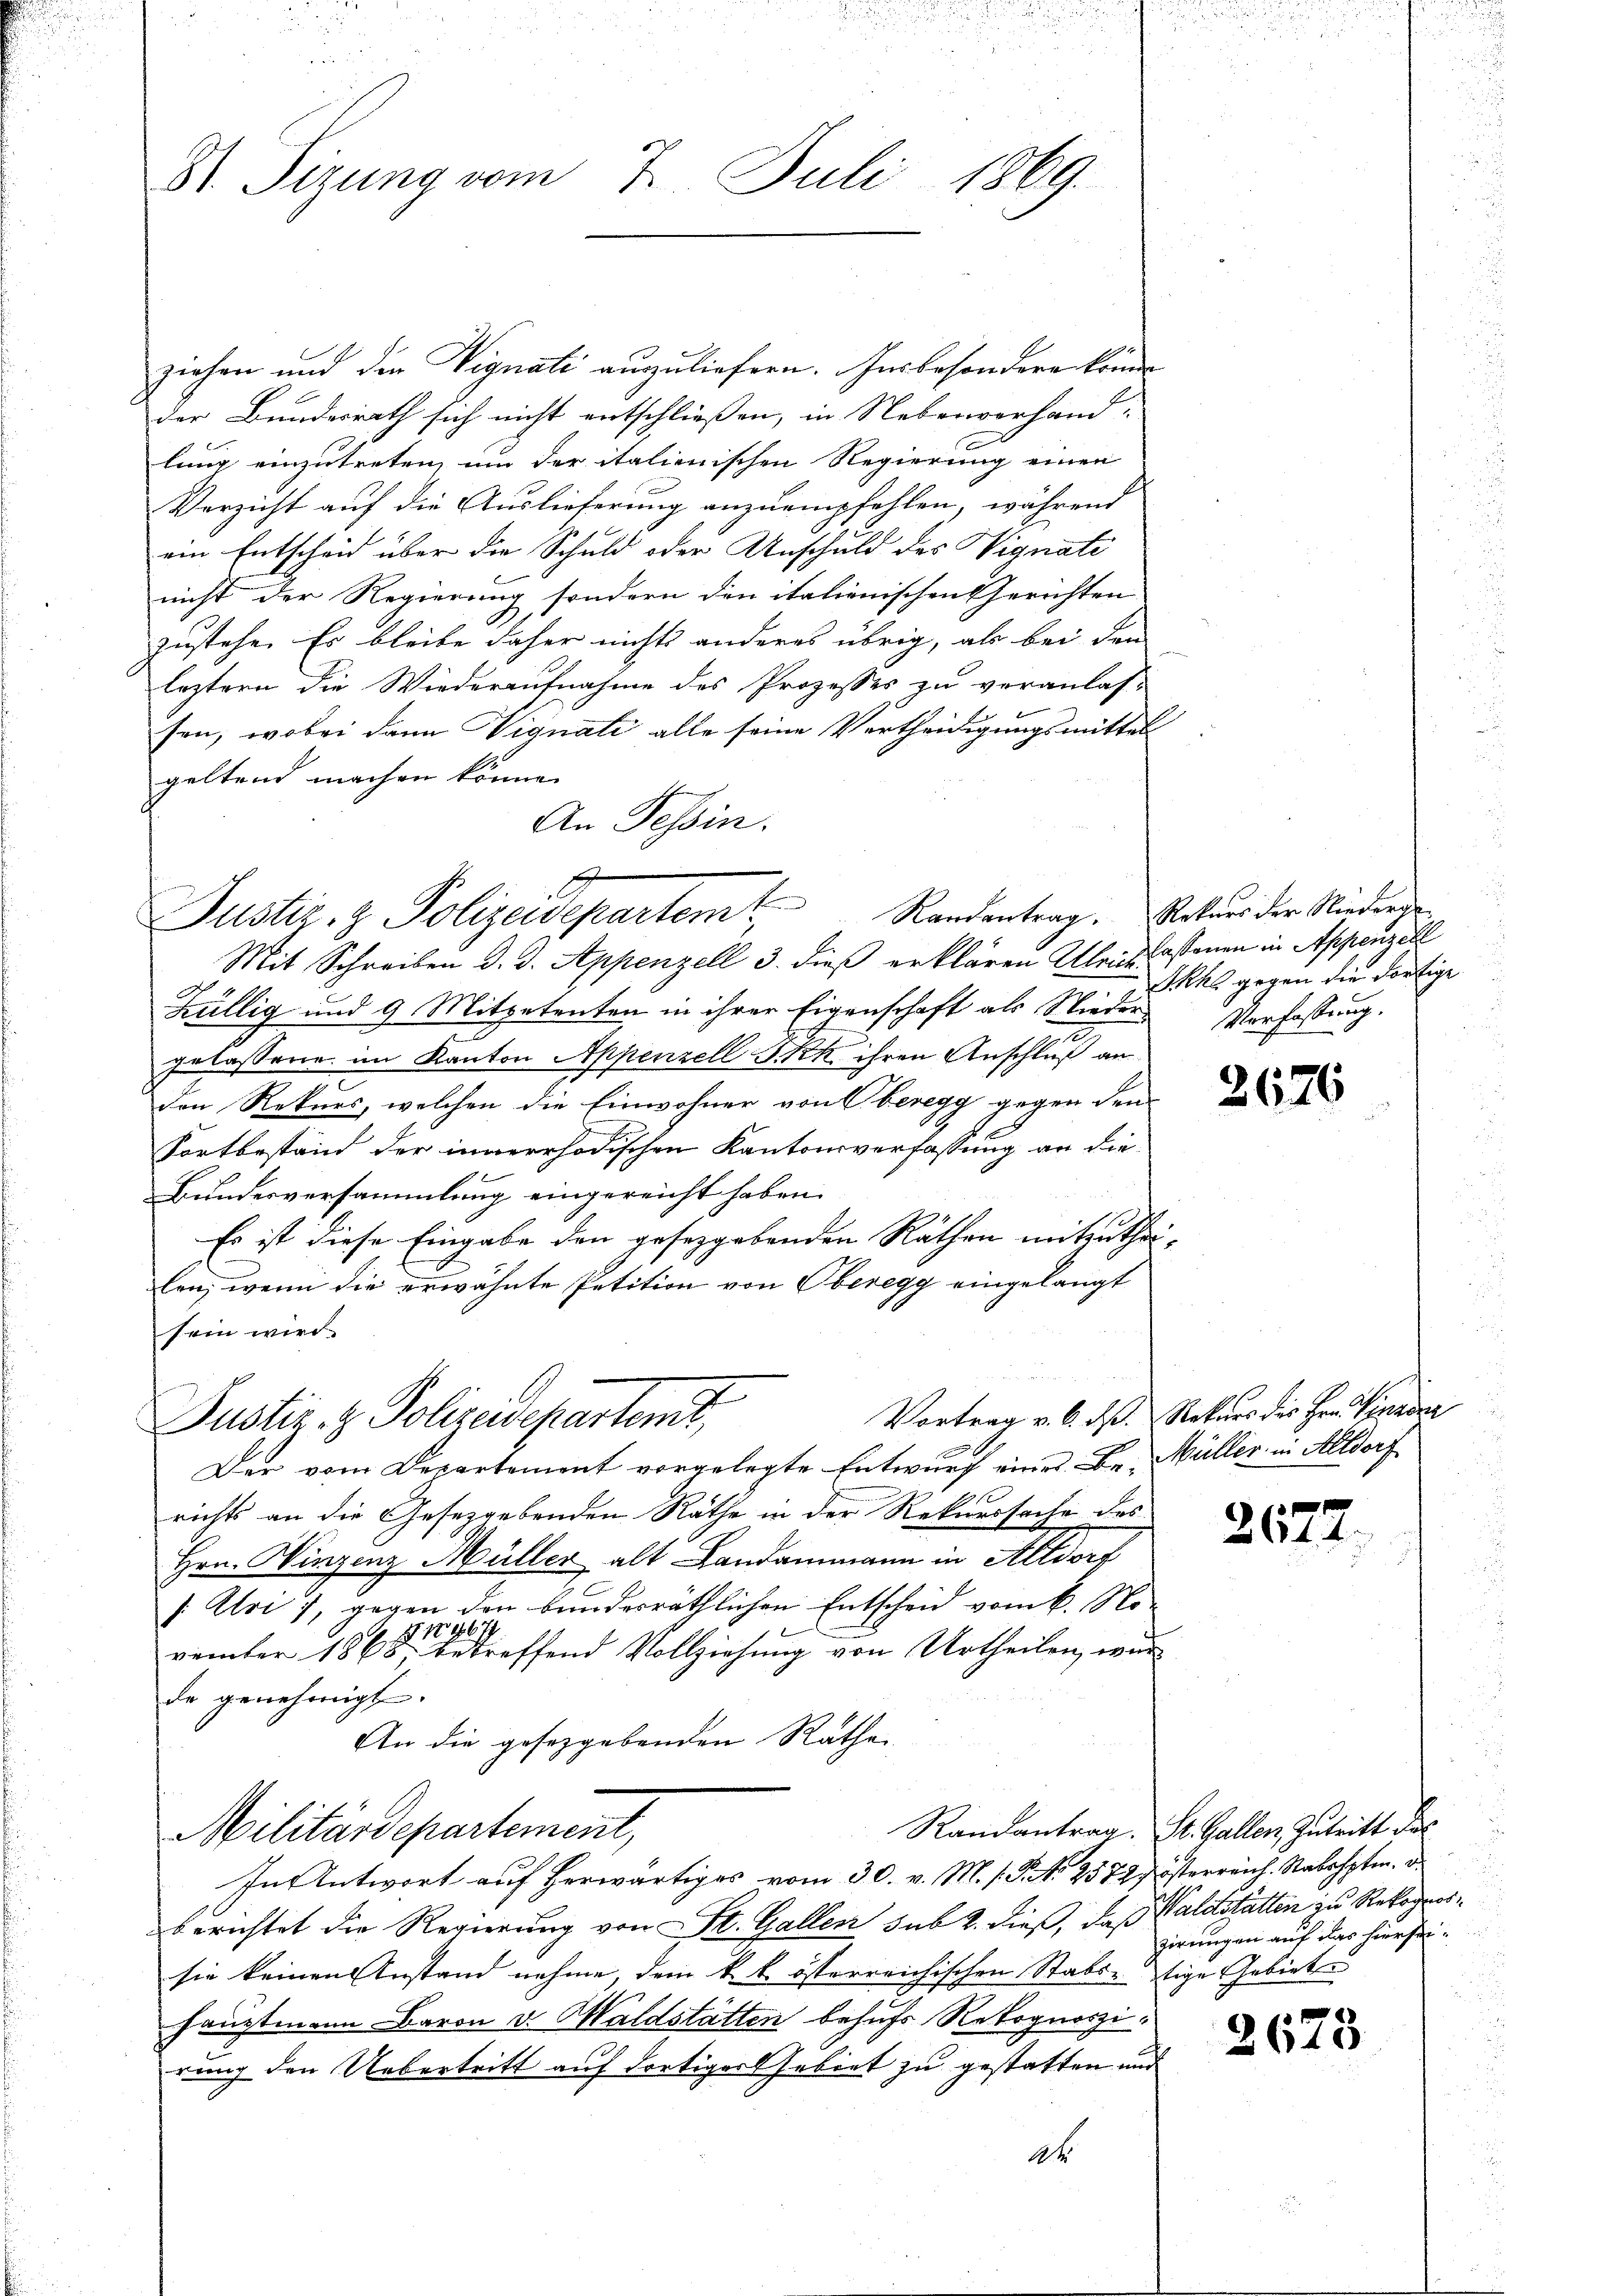
S Sizung vom 7. Juli 1869.

ziehen und der Vignati auszuliefern. Insbesondere könne
der Bundesrath sich nicht entschließen, in Nebenvorhand-
lung einzutreten, um der italienischen Regierung einen
Verzicht auf die Auslieferung anzuempfehlen, während
ein Entscheid über die Schuld oder Anschuld des Vignati
nicht der Regierung sondern den italienischen Gerichten
zustehe. Es bleibe daher nichts anderes übrig, als bei den
leztern die Wiederaufnahme des Prozesses zu veranlas-
sen, wobei dann Vignati alle seine Vertheidigungsmittel
geltend machen könne.
An Tessin.
Mit Schreiben d. d. Appenzell 3. dieß erklären Klein Costonen in Appenzell
Küllig und 9 Mitpetenten in ihrer Eigenschaft als Nieder Verfassung.
e
gelassene im Kanton Appenzell S. K. K. ihren Anschluß an
den Rekurs, welchen die Einwohner von Oberegg gegen den
Fortbestand der innerrhodischen Kantonsverfassung an die¬
Bundesversammlung eingereicht haben.
Es ist diese Eingabe den gesetzgebenden Räthen mitzutheilon, wenn die erwähnte Petition von Oberegg eingelangt
sein wird
Justiz- & Polizeidepartent,
Der vom Departement vorgelegte Entwurf eines Be- Müller in Altdorf
richts an die Gesetzgebenden Räthe in der Rekurssache des
Hrn. Winzenz Müller alt Landammann in Altdorf
[:Alri), gegen den bundesräthlichen Entscheid vom 6. No¬
1296
vember 1868, betreffend Vollziehung von Urtheilen, wurde genehmigt.
An die gesetzgebenden Rathe
Randantrag. St. Gallen Zutritt des
Militärdepartement,
In Antwort auf herwärtiges vom 30. v. M. s. S. Nr. 2572 österreich. Nabshptm. d.
berichtet die Regierung von St. Gallen sub 2. dieß, daß Waldstatten zu Rekognossie keinen Anstand nehme, dem k. k. österreichischen Stabietige Gebietes
Hauptmann Baron v. Waldstätten behufs Rekognoszirung den Uebertritt auf dortiger Gebiet zu gestatten und

Justiz- & Polizeidepartemt

2t

Randantrag. Rekurs der Niederge¬
Skhl gegen die dortige

2676

Vortrag v. 6. ds. Rekurs des Hrn. Vinder

2672.

zirungen auf das hiersei¬

2673